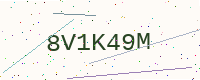
Text: 8V1K49M